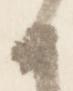
候